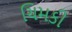
ચિમકી